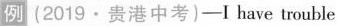
例 (2019·贵港中考)-I have trouble